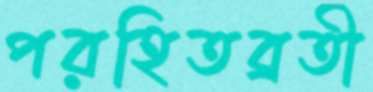
পরহিতব্রতী